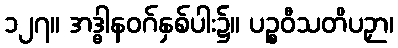
၁၂၇။ အဒ္ဓါနဝဂ်နှစ်ပါး၌။ ပဉ္စဝီသတိပဉှာ၊